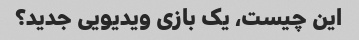
این چیست، یک بازی ویدیویی جدید؟